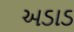
અડાડ